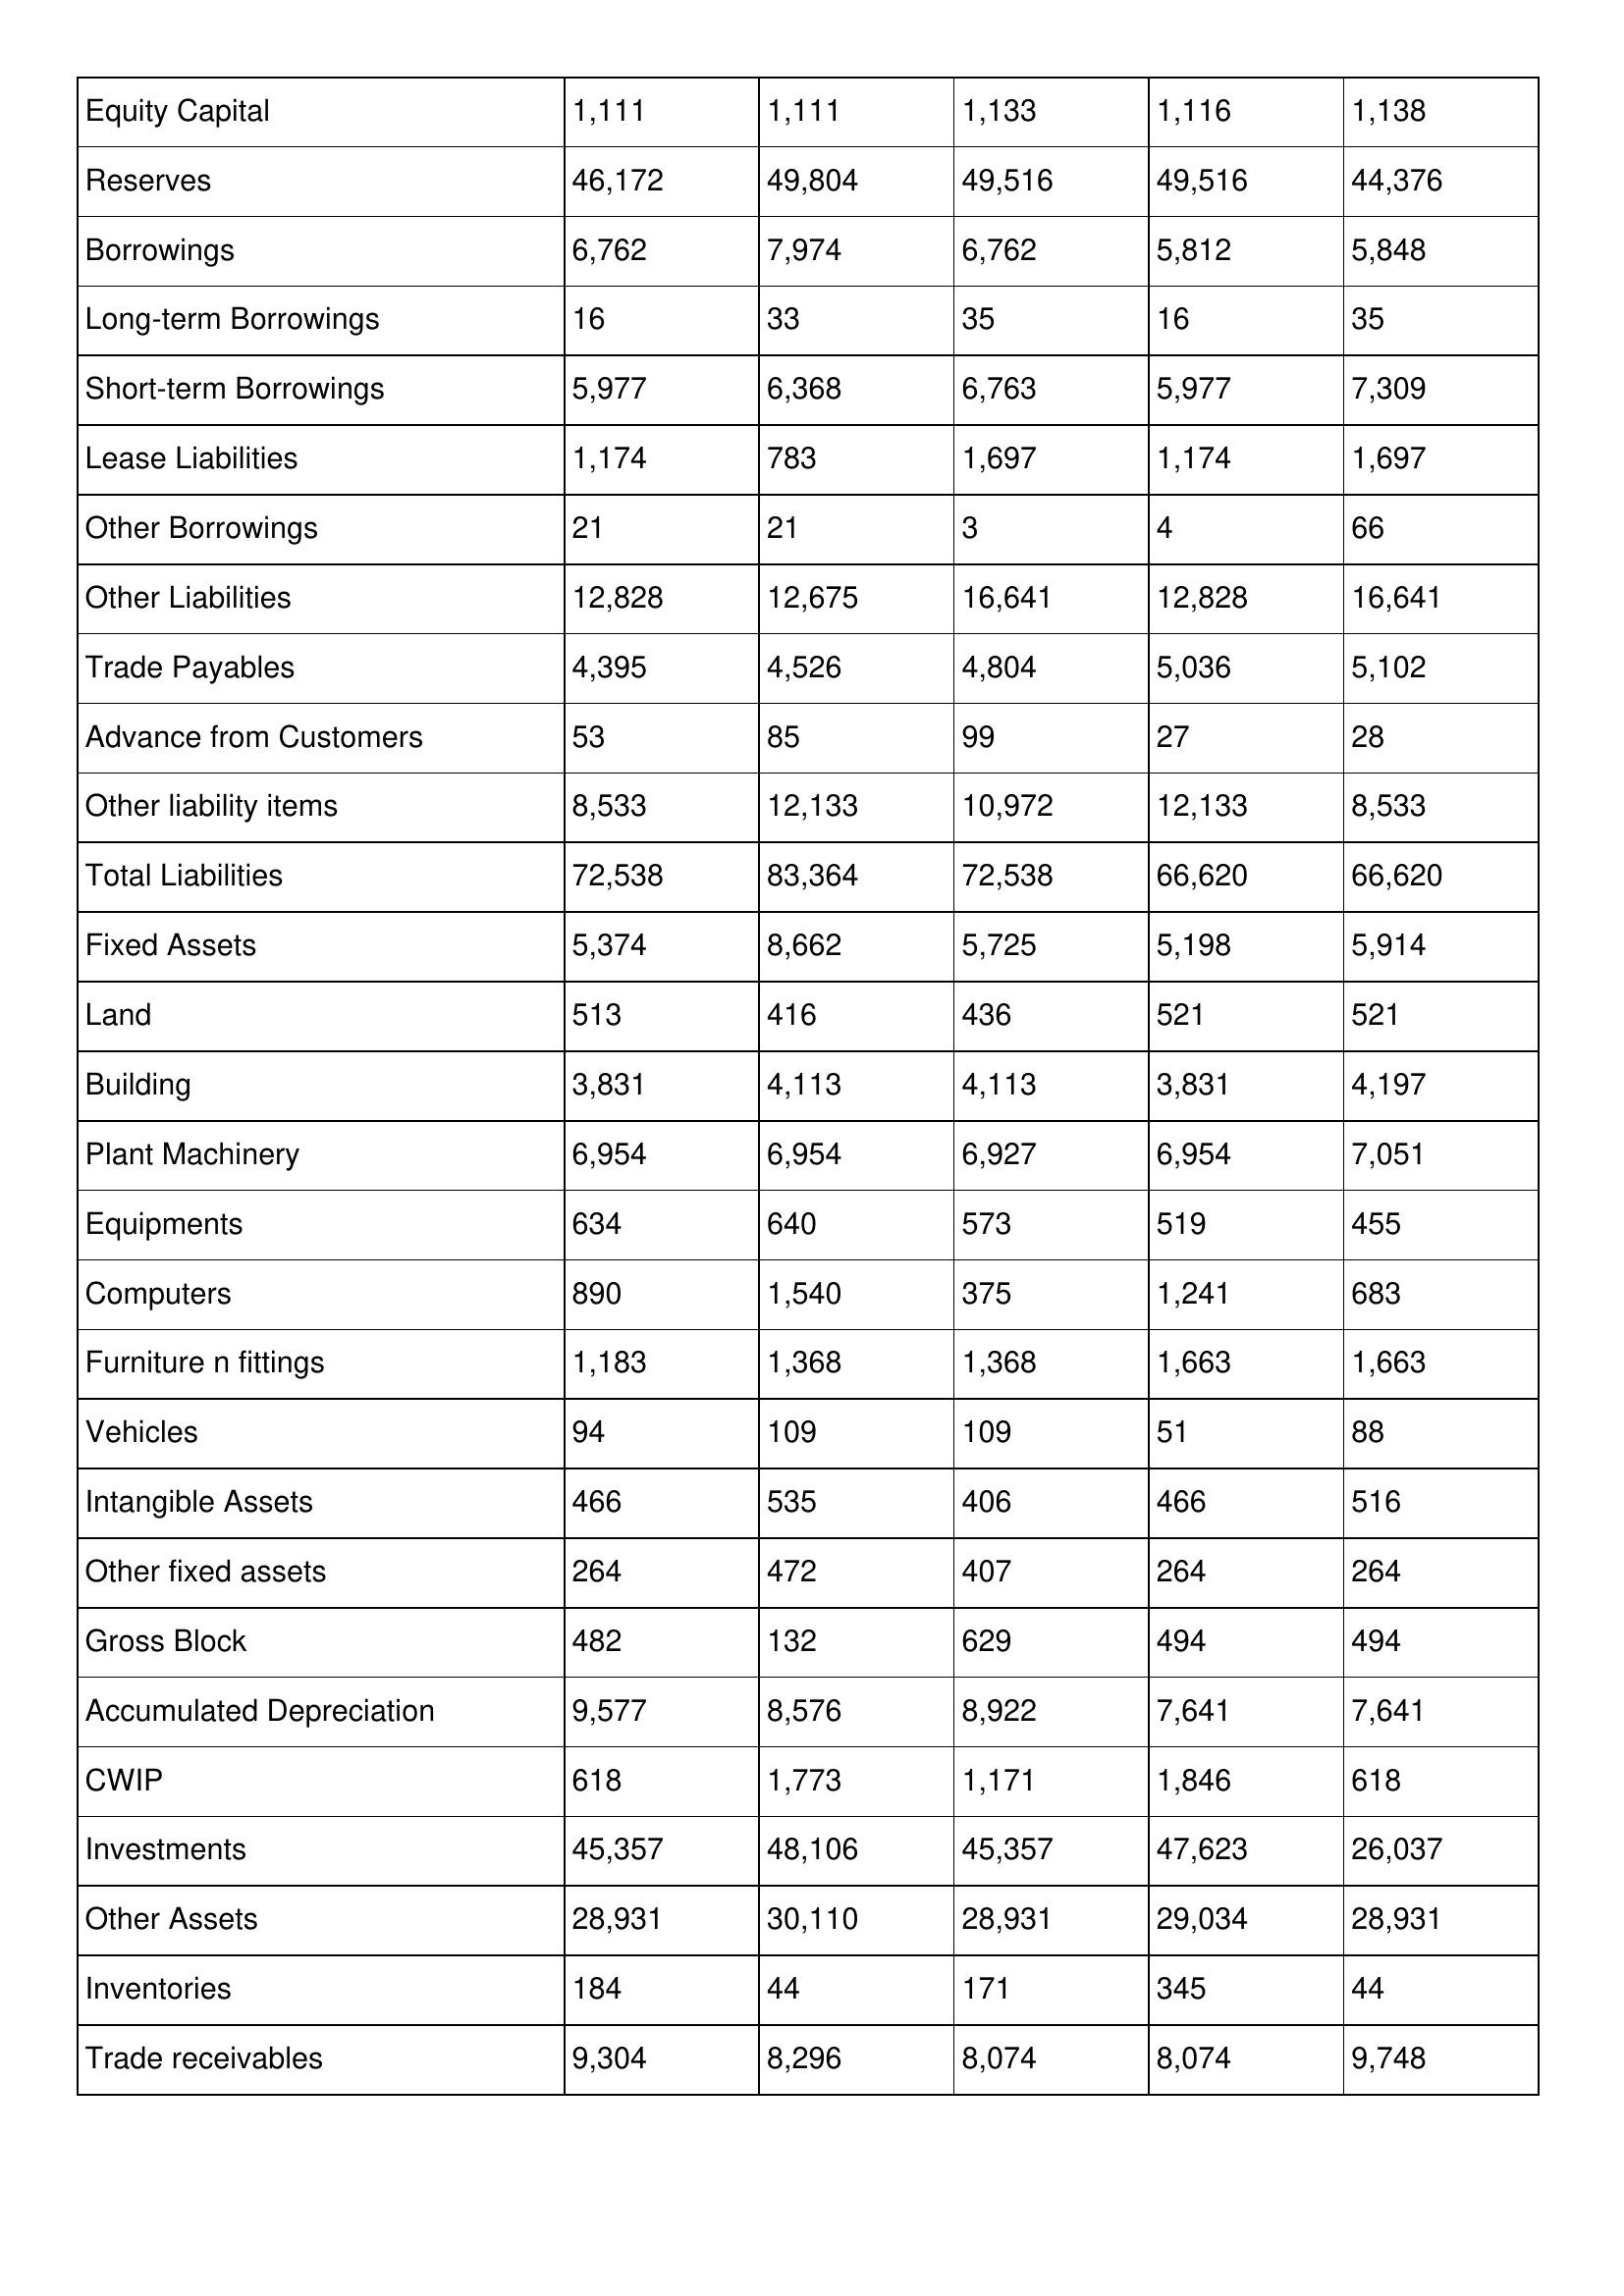
gt_parse: 1995: Balance Sheet: Equity Capital: 1,111
Reserves: 46,172
Borrowings: 6,762
Long-term Borrowings: 16
Short-term Borrowings: 5,977
Lease Liabilities: 1,174
Other Borrowings: 21
Other Liabilities: 12,828
Trade Payables: 4,395
Advance from Customers: 53
Other liability items: 8,533
Total Liabilities: 72,538
Fixed Assets: 5,374
Land: 513
Building: 3,831
Plant Machinery: 6,954
Equipments: 634
Computers: 890
Furniture n fittings: 1,183
Vehicles: 94
Intangible Assets: 466
Other fixed assets: 264
Gross Block: 482
Accumulated Depreciation: 9,577
CWIP: 618
Investments: 45,357
Other Assets: 28,931
Inventories: 184
Trade receivables: 9,304
1994: Balance Sheet: Equity Capital: 1,111
Reserves: 49,804
Borrowings: 7,974
Long-term Borrowings: 33
Short-term Borrowings: 6,368
Lease Liabilities: 783
Other Borrowings: 21
Other Liabilities: 12,675
Trade Payables: 4,526
Advance from Customers: 85
Other liability items: 12,133
Total Liabilities: 83,364
Fixed Assets: 8,662
Land: 416
Building: 4,113
Plant Machinery: 6,954
Equipments: 640
Computers: 1,540
Furniture n fittings: 1,368
Vehicles: 109
Intangible Assets: 535
Other fixed assets: 472
Gross Block: 132
Accumulated Depreciation: 8,576
CWIP: 1,773
Investments: 48,106
Other Assets: 30,110
Inventories: 44
Trade receivables: 8,296
1993: Balance Sheet: Equity Capital: 1,133
Reserves: 49,516
Borrowings: 6,762
Long-term Borrowings: 35
Short-term Borrowings: 6,763
Lease Liabilities: 1,697
Other Borrowings: 3
Other Liabilities: 16,641
Trade Payables: 4,804
Advance from Customers: 99
Other liability items: 10,972
Total Liabilities: 72,538
Fixed Assets: 5,725
Land: 436
Building: 4,113
Plant Machinery: 6,927
Equipments: 573
Computers: 375
Furniture n fittings: 1,368
Vehicles: 109
Intangible Assets: 406
Other fixed assets: 407
Gross Block: 629
Accumulated Depreciation: 8,922
CWIP: 1,171
Investments: 45,357
Other Assets: 28,931
Inventories: 171
Trade receivables: 8,074
1992: Balance Sheet: Equity Capital: 1,116
Reserves: 49,516
Borrowings: 5,812
Long-term Borrowings: 16
Short-term Borrowings: 5,977
Lease Liabilities: 1,174
Other Borrowings: 4
Other Liabilities: 12,828
Trade Payables: 5,036
Advance from Customers: 27
Other liability items: 12,133
Total Liabilities: 66,620
Fixed Assets: 5,198
Land: 521
Building: 3,831
Plant Machinery: 6,954
Equipments: 519
Computers: 1,241
Furniture n fittings: 1,663
Vehicles: 51
Intangible Assets: 466
Other fixed assets: 264
Gross Block: 494
Accumulated Depreciation: 7,641
CWIP: 1,846
Investments: 47,623
Other Assets: 29,034
Inventories: 345
Trade receivables: 8,074
1991: Balance Sheet: Equity Capital: 1,138
Reserves: 44,376
Borrowings: 5,848
Long-term Borrowings: 35
Short-term Borrowings: 7,309
Lease Liabilities: 1,697
Other Borrowings: 66
Other Liabilities: 16,641
Trade Payables: 5,102
Advance from Customers: 28
Other liability items: 8,533
Total Liabilities: 66,620
Fixed Assets: 5,914
Land: 521
Building: 4,197
Plant Machinery: 7,051
Equipments: 455
Computers: 683
Furniture n fittings: 1,663
Vehicles: 88
Intangible Assets: 516
Other fixed assets: 264
Gross Block: 494
Accumulated Depreciation: 7,641
CWIP: 618
Investments: 26,037
Other Assets: 28,931
Inventories: 44
Trade receivables: 9,748